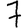
Digit: 7